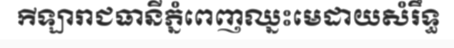
កីឡារាជធានីភ្នំពេញឈ្នះមេដាយសំរឹទ្ធ